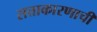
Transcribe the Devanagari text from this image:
सत्ताकारणाची